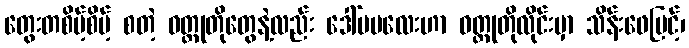
တွေးတစိမ့်စိမ့် စတဲ့ ဝတ္ထုတိုတွေနဲ့လည်း ဒေါ်မမလေးဟာ ဝတ္ထုတိုလိုင်းမှာ သိန်းဖေမြင့်၊